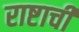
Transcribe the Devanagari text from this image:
राष्टाची